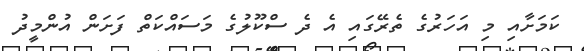
ކަމަށާއި މި އަހަރުގެ ތެރޭގައި އެ ދެ ސްކޫލުގެ މަސައްކަތް ފަށަން އުންމީދު